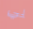
بي